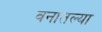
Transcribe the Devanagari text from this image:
वनातल्या